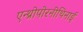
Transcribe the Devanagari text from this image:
एन्थ्रोपोरनीथिनाई